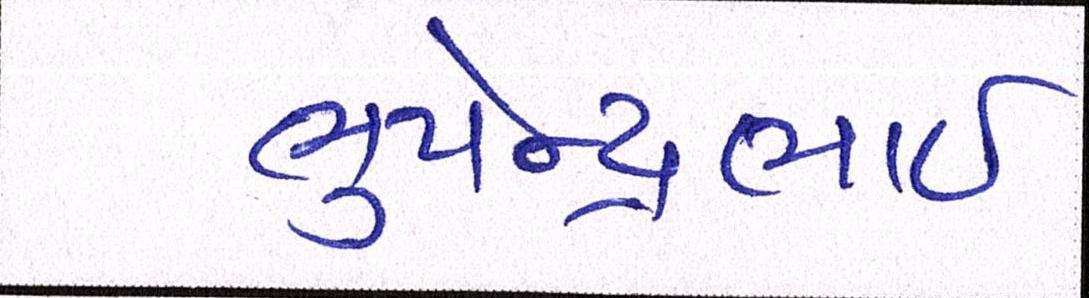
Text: ભુપેન્દ્રભાઇ